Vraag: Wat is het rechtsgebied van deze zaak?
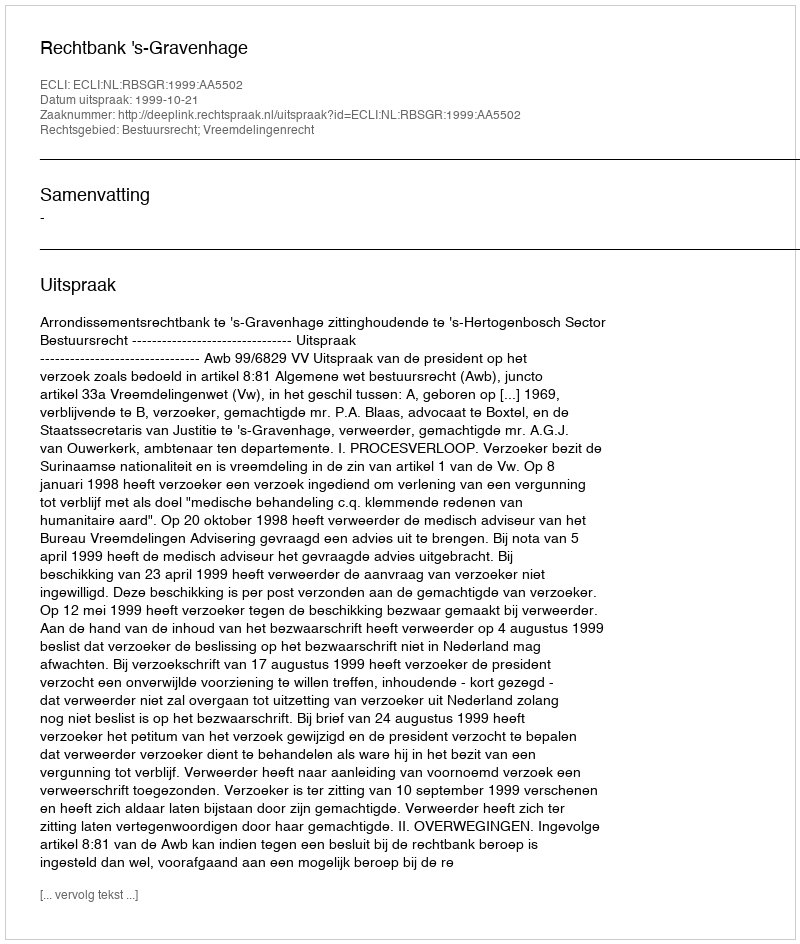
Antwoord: Bestuursrecht; Vreemdelingenrecht